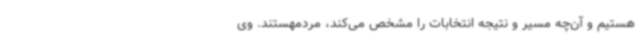
هستیم و آن‌چه مسیر و نتیجه انتخابات را مشخص می‌کند، مردمهستند. وی